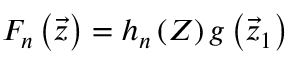
F _ { n } \left( { \vec { z } } \right) = h _ { n } \left( Z \right) g \left( { \vec { z } } _ { 1 } \right)